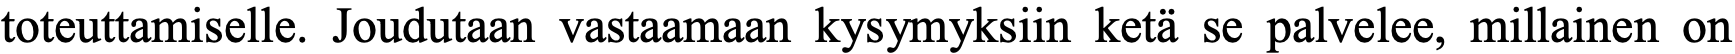
toteuttamiselle. Joudutaan vastaamaan kysymyksiin ketä se palvelee, millainen on